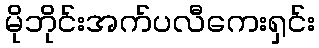
မိုဘိုင်းအက်ပလီကေးရှင်း